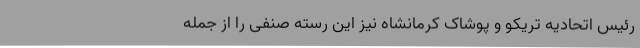
رئیس اتحادیه تریکو و پوشاک کرمانشاه نیز این رسته صنفی را از جمله